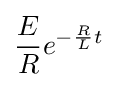
{\frac {E}{R}}e^{-{\frac {R}{L}}t}